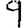
Digit: 9